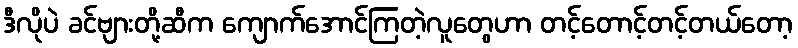
ဒီလိုပဲ ခင်ဗျားတို့ဆီက ကျောက်အောင်ကြတဲ့လူတွေဟာ တင့်တောင့်တင့်တယ်တော့